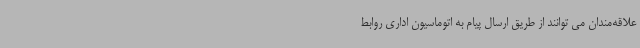
علاقه‌مندان می توانند از طریق ارسال پیام به اتوماسیون اداری روابط